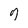
Character: 7